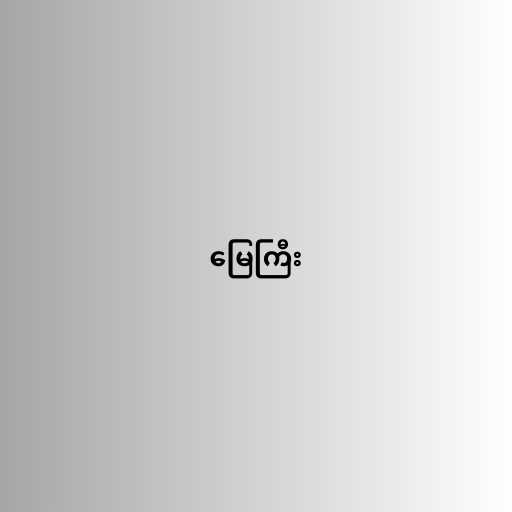
မြေကြီး